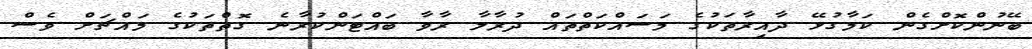
ބޭނުންކޮށްގެން ކަމާގުޅޭ ދާއިރާތަކުގެ މަސައްކަތްތައް ދުރާލާ ރާވާ ބައްޓަންކުރާނެ ގޮތްތަކުގެ މައްޗަށް ވެސް